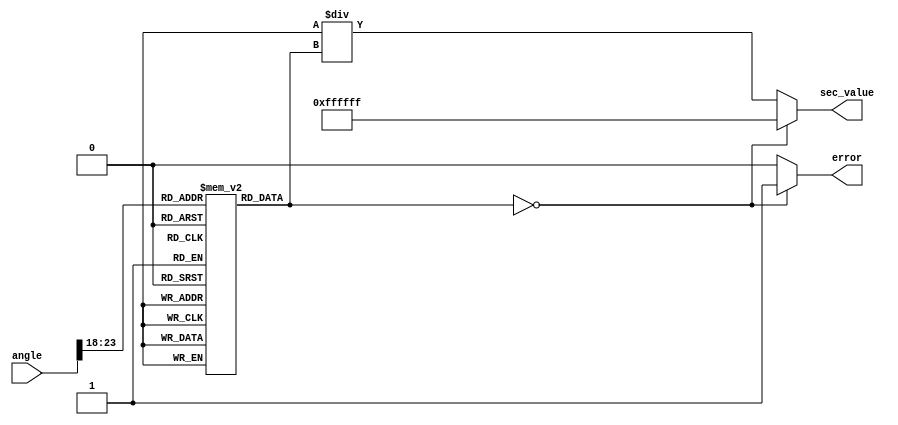
module secant (
    input [23:0] angle,       // Input angle in radians (Q23 format)
    output reg [23:0] sec_value, // Output secant value (Q23 format)
    output reg error          // Error flag for division by zero
);

    // Cosine Lookup Table (for simplicity, using a small range)
    reg [23:0] cos_lut [0:63]; // Lookup table for cos(angle)
    
    initial begin
        // Initialize cosine lookup table with values (for angles 0 to /2)
        // This is just an example; you would fill this with actual cosine values.
        cos_lut[0] = 24'h1000000;   // cos(0) = 1.0
        cos_lut[1] = 24'h0F6E1A5;   // cos(/12)
        cos_lut[2] = 24'h0D4E9B6;   // cos(/6)
        cos_lut[3] = 24'h0A3D70A;   // cos(/4)
        cos_lut[4] = 24'h0000000;   // cos(/2) = 0 (undefined sec)
        // ... Fill in more values as needed
        // cos_lut[n] corresponds to angle n * (/2) / 64
    end

    wire [23:0] cos_value;
    reg [23:0] reciprocal;

    // Angle normalization to fit within the range of the LUT
    wire [5:0] lut_index;
    assign lut_index = angle[23:18]; // Adjust this as needed for your range

    // Cosine value lookup
    assign cos_value = cos_lut[lut_index];

    // Compute the reciprocal of the cosine value
    always @(*) begin
        // Initialize error
        error = 1'b0;

        // Check for division by zero
        if (cos_value == 24'h0000000) begin
            sec_value = 24'hFFFFFFF; // Output a large value or NaN
            error = 1'b1; // Set error flag
        end else begin
            // Calculate reciprocal (1/cos_value)
            reciprocal = 24'h1000000 / cos_value; // Q23 format
            sec_value = reciprocal;
        end
    end

endmodule